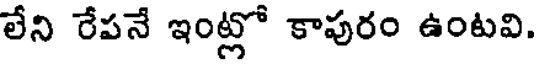
లేని రేపనే ఇంట్లో కాపురం ఉంటవి.